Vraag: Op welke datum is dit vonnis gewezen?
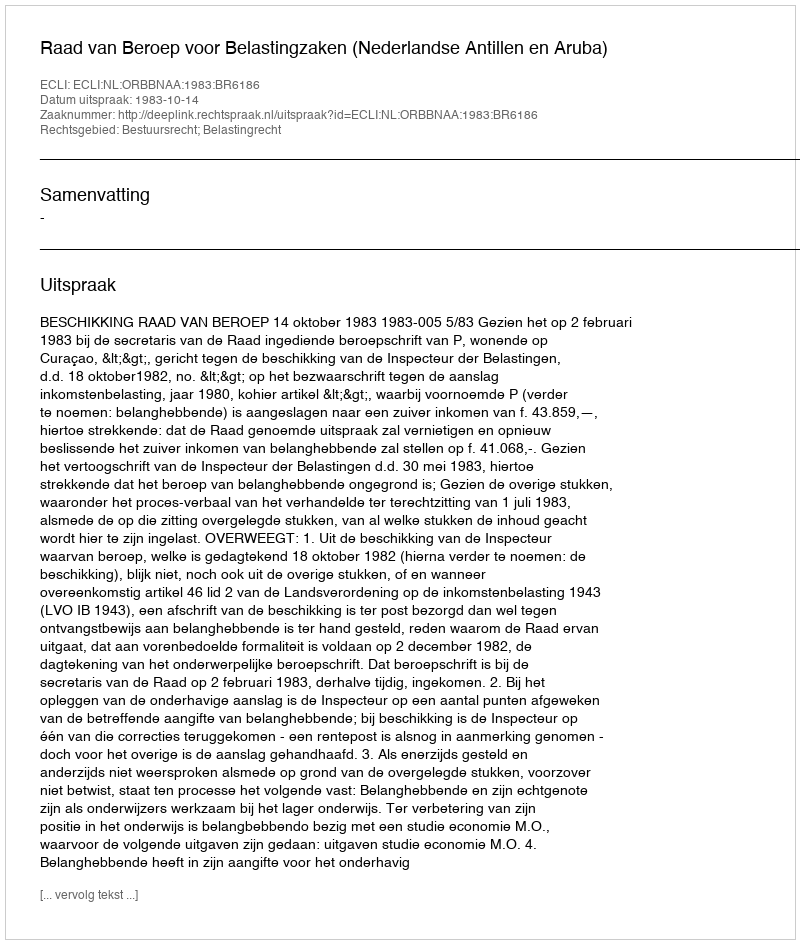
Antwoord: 1983-10-14